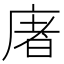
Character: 𢉜